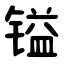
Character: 镒